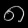
Digit: ၈